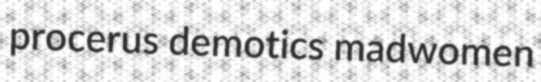
procerus demotics madwomen